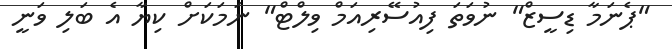
"ޕެނަމާ ޑިސީޒް" ނުވަތަ ފިއުސޭރިއަމް ވިލްޓް" ނަމަކަށް ކިޔާ އެ ބަލި ވަނީ